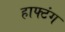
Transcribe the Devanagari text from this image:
हाफ्टंग